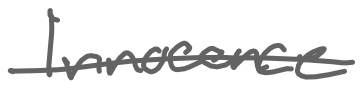
Text: Innocence
Cross-out: single-line
Writing tool: digital_gray